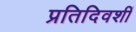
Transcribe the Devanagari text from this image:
प्रतिदिवशीं